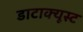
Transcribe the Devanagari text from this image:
डाटाक्यूस्ट